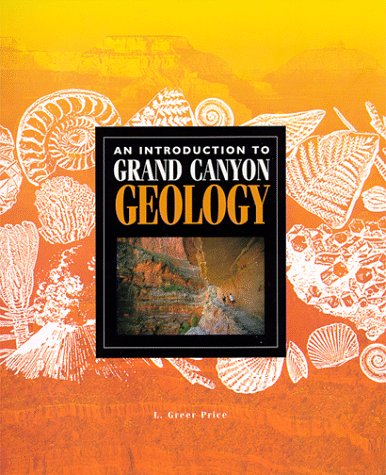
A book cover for An Introduction to Grand Canyon Geology (Grand Canyon Association); L. Greer Price; Travel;